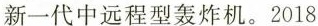
新一代中远程型轰炸机。2018